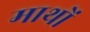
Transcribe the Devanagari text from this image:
माथों